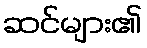
ဆင်များ၏